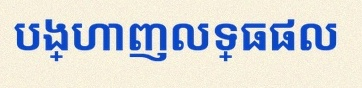
បង្ហាញលទ្ធផល